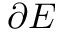
\partial E